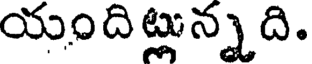
యందిట్లున్నది.